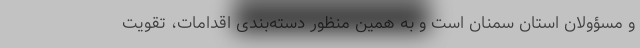
و مسؤولان استان سمنان است و به همین منظور دسته‌بندی اقدامات، تقویت